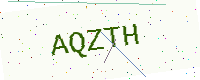
Text: AQZTH